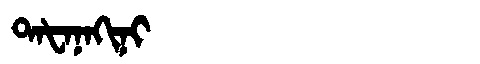
Manchu: ᡨᠠᡶᠠᠨᠠᡴᡳᠨᡳ
Romanization: TAFANAKINI